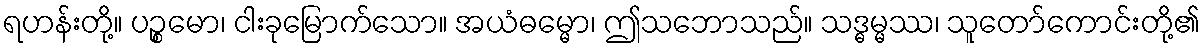
ရဟန်းတို့။ ပဉ္စမော၊ ငါးခုမြောက်သော။ အယံဓမ္မော၊ ဤသဘောသည်။ သဒ္ဓမ္မဿ၊ သူတော်ကောင်းတို့၏